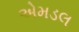
એમડલ